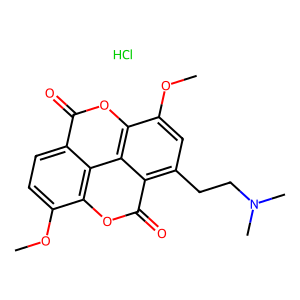
SMILES: COc1ccc2c(=O)oc3c(OC)cc(CCN(C)C)c4c(=O)oc1c2c34.Cl
Inhibits HIV replication: No